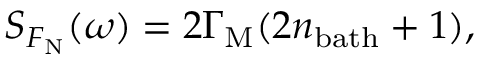
S _ { F _ { \mathrm { N } } } ( \omega ) = 2 \Gamma _ { \mathrm { M } } ( 2 n _ { \mathrm { b a t h } } + 1 ) ,